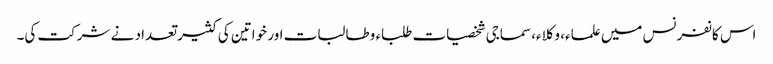
اس کانفرنس میں علماء، وکلاء، سماجی شخصیات طلباء وطالبات اور خواتین کی کثیر تعداد نے شرکت کی۔